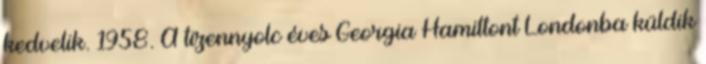
kedvelik. 1958. A tizennyolc éves Georgia Hamiltont Londonba küldik